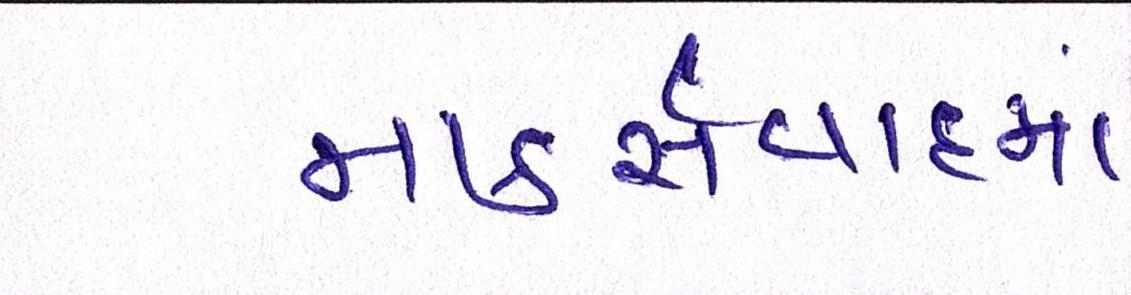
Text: માર્ક્સવાદમાં